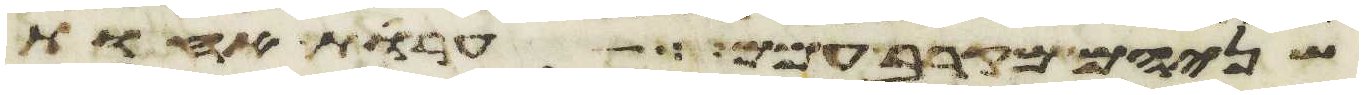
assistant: שניהם מקרב עמם ערות אחות